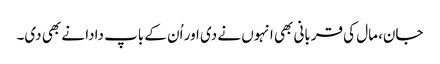
جان، مال کی قربانی بھی انہوں نے دی اور اُن کے باپ دادا نے بھی دی۔